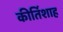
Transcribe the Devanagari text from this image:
कीर्तिशाह